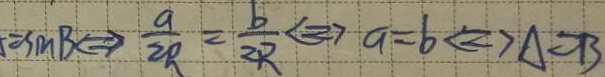
= \sin B \Rightarrow \frac { a } { 2 R } = \frac { b } { 2 R } \Leftrightarrow a = b \Leftrightarrow A = B